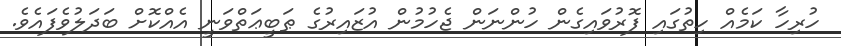
ހުރިހާ ކަމެއް ހިތުގައި ފޮރުވައިގެން ހުންނަން ޖެހުމުން އުޒައިރުގެ ޠަބީޢަތްވަނީ އެއްކޮށް ބަދަލުވެފައެވެ.